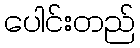
ပေါင်းတည်